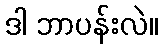
ဒါ ဘာပန်းလဲ။